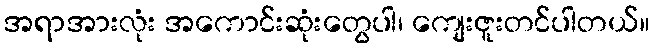
အရာအားလုံး အကောင်းဆုံးတွေပါ၊ ကျေးဇူးတင်ပါတယ်။